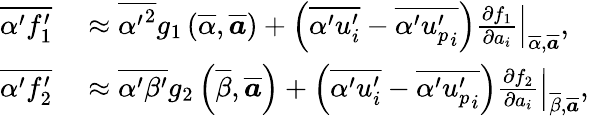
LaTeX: \begin{array}{rl}{\overline{{\alpha^{\prime}f_{1}^{\prime}}}}&{{}\approx\overline{{{\alpha^{\prime}}^{2}}}g_{1}\left(\overline{{\alpha}},\overline{{\boldsymbol a}}\right)+\left(\overline{{\alpha^{\prime}u_{i}^{\prime}}}-\overline{{\alpha^{\prime}{u_{p}^{\prime}}_{i}}}\right)\left.\frac{\partial f_{1}}{\partial{a}_{i}}\right|_{\overline{{\alpha}},\overline{{\boldsymbol{a}}}},}\\ {\overline{{\alpha^{\prime}f_{2}^{\prime}}}}&{{}\approx\overline{{\alpha^{\prime}\beta^{\prime}}}g_{2}\left(\overline{{\beta}},\overline{{\boldsymbol a}}\right)+\left(\overline{{\alpha^{\prime}u_{i}^{\prime}}}-\overline{{\alpha^{\prime}{{u_{p}^{\prime}}_{i}}}}\right)\left.\frac{\partial f_{2}}{\partial{a_{i}}}\right|_{\overline{{\beta}},\overline{{\boldsymbol{a}}}},}\end{array}